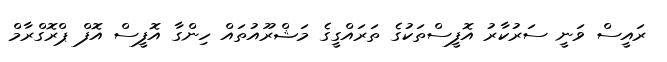
ރައީސް ވަނީ ސަރުކާރު އޮފީސްތަކުގެ ތަރައްގީގެ މަޝްރޫއުތައް ހިންގާ އޮފީސް އޮފް ޕްރޮގްރާމް